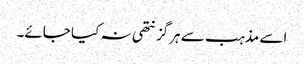
اسے مذہب سے ہرگز نتھی نہ کیا جائے۔